Vital statistics of India. Vol. IV, Annual returns from 1871 to 1876. British Army of India, Native Army and jails of Bengal
Year: 1871
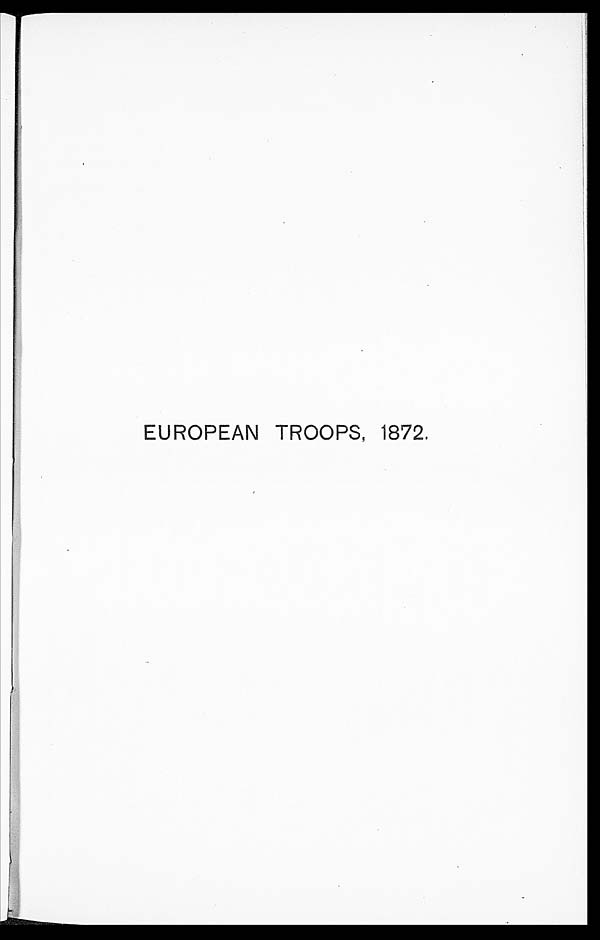
EUROPEAN TROOPS, 1872.